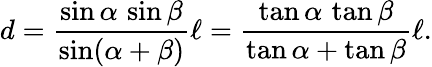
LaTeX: d={\frac{\sin\alpha\, \sin\beta}{\sin(\alpha+\beta)}}\ell={\frac{\tan\alpha\, \tan\beta}{\tan\alpha+\tan\beta}}\ell.